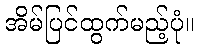
အိမ်ပြင်ထွက်မည့်ပုံ။